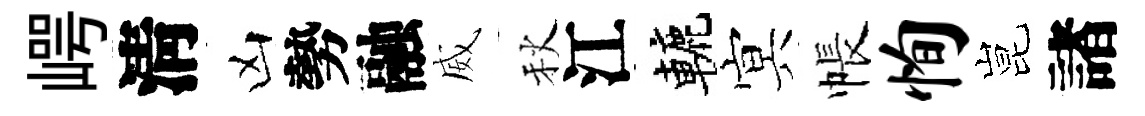
崿淸凶勢融威秋江轆㝠帳恂昆諸